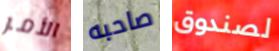
الأمر صاحبه لصندوق